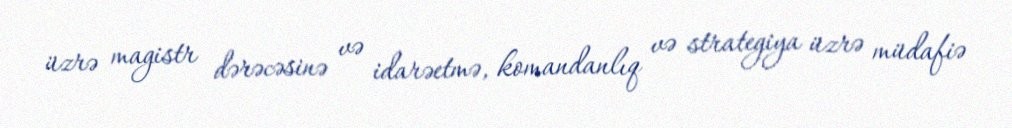
üzrə magistr dərəcəsinə və idarəetmə, komandanlıq və strategiya üzrə müdafiə